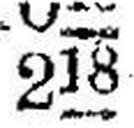
218